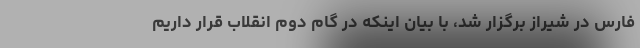
فارس در شیراز برگزار شد، با بیان اینکه در گام دوم انقلاب قرار داریم